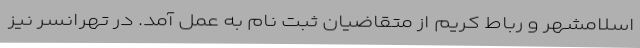
اسلامشهر و رباط کریم از متقاضیان ثبت نام به عمل آمد. در تهرانسر نیز